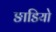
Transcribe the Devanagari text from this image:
ङाडियो